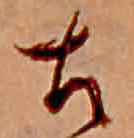
古